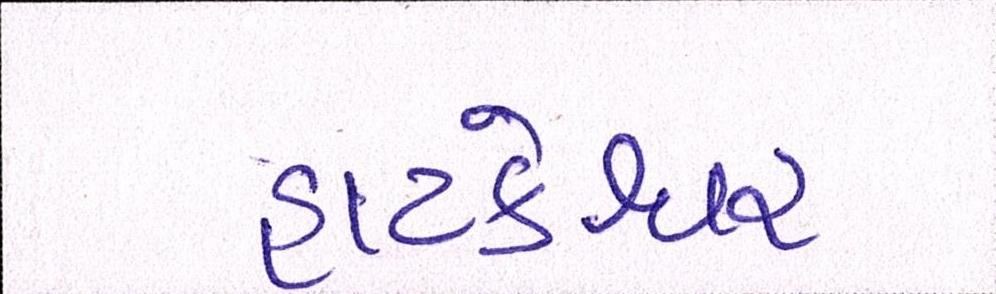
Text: હાટકેશ્વર